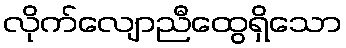
လိုက်လျောညီထွေရှိသော